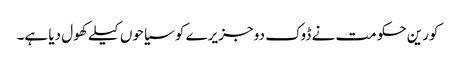
کورین حکومت نے ڈوک دو جزیرے کو سیاحوں کیلے کھول دیا ہے۔